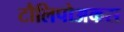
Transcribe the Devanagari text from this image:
टौलिपोअकस